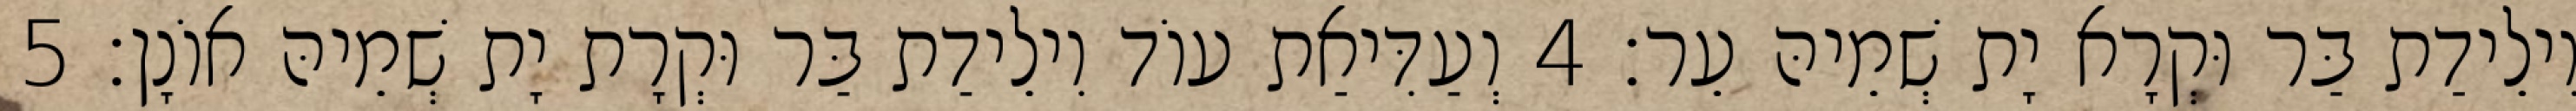
וִילֵידַת בַּר וּקְרָא יָת שְׁמֵיהּ עֵר׃ 4 וְעַדִּיאַת עוֹד וִילֵידַת בַּר וּקְרָת יָת שְׁמֵיהּ אוֹנָן׃ 5